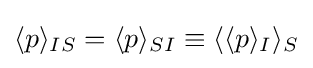
\langle p\rangle _{IS}=\langle p\rangle _{SI}\equiv \langle \langle p\rangle _{I}\rangle _{S}